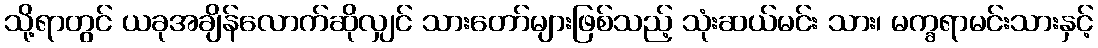
သို့ရာတွင် ယခုအချိန်လောက်ဆိုလျှင် သားတော်များဖြစ်သည့် သုံးဆယ်မင်း သား၊ မက္ခရာမင်းသားနှင့်